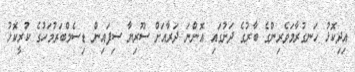
އިދިކޮޅު ހަނގުރާމަވެރިންގެ ބާރުގެ ދަށުގައި އޮންނަ ދަރާއަށް ސޫރިޔާ ސިފައިން ޑިސެމްބަރުމަހުގެ ކުރީކޮޅު